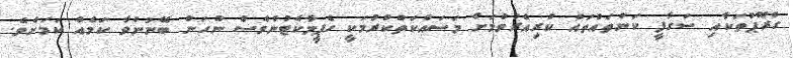
ގުރޫޕުތަކާއި ސަގާފީ ކަންތައްތައް ކުރިއެރުވުމަށް މަސައްކަތްކުރުމަކީ ހެޕީމާކެޓުންވެސް ނުހަނު ބޭނުންވާ ކަމެއް ކަމަށެވެ.